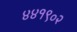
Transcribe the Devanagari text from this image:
४४१९०२